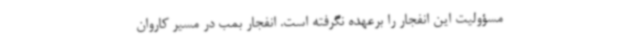
مسؤولیت این انفجار را برعهده نگرفته است. انفجار بمب در مسیر کاروان